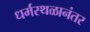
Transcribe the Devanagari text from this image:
धर्मस्थळानंतर